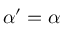
{ \boldsymbol { \alpha } } ^ { \prime } = { \boldsymbol { \alpha } }